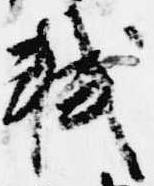
軾